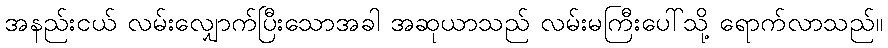
အနည်းငယ် လမ်းလျှောက်ပြီးသောအခါ အဆုယာသည် လမ်းမကြီးပေါ်သို့ ရောက်လာသည်။